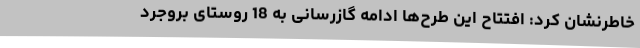
خاطرنشان کرد: افتتاح این طرح‌ها ادامه گازرسانی به 18 روستای بروجرد